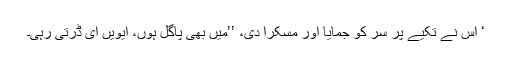
‘ اس نے تکیے پر سر کو جمایا اور مسکرا دی، ’’میں بھی پاگل ہوں، ایویں ای ڈرتی رہی۔